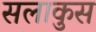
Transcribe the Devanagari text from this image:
सलाकुस